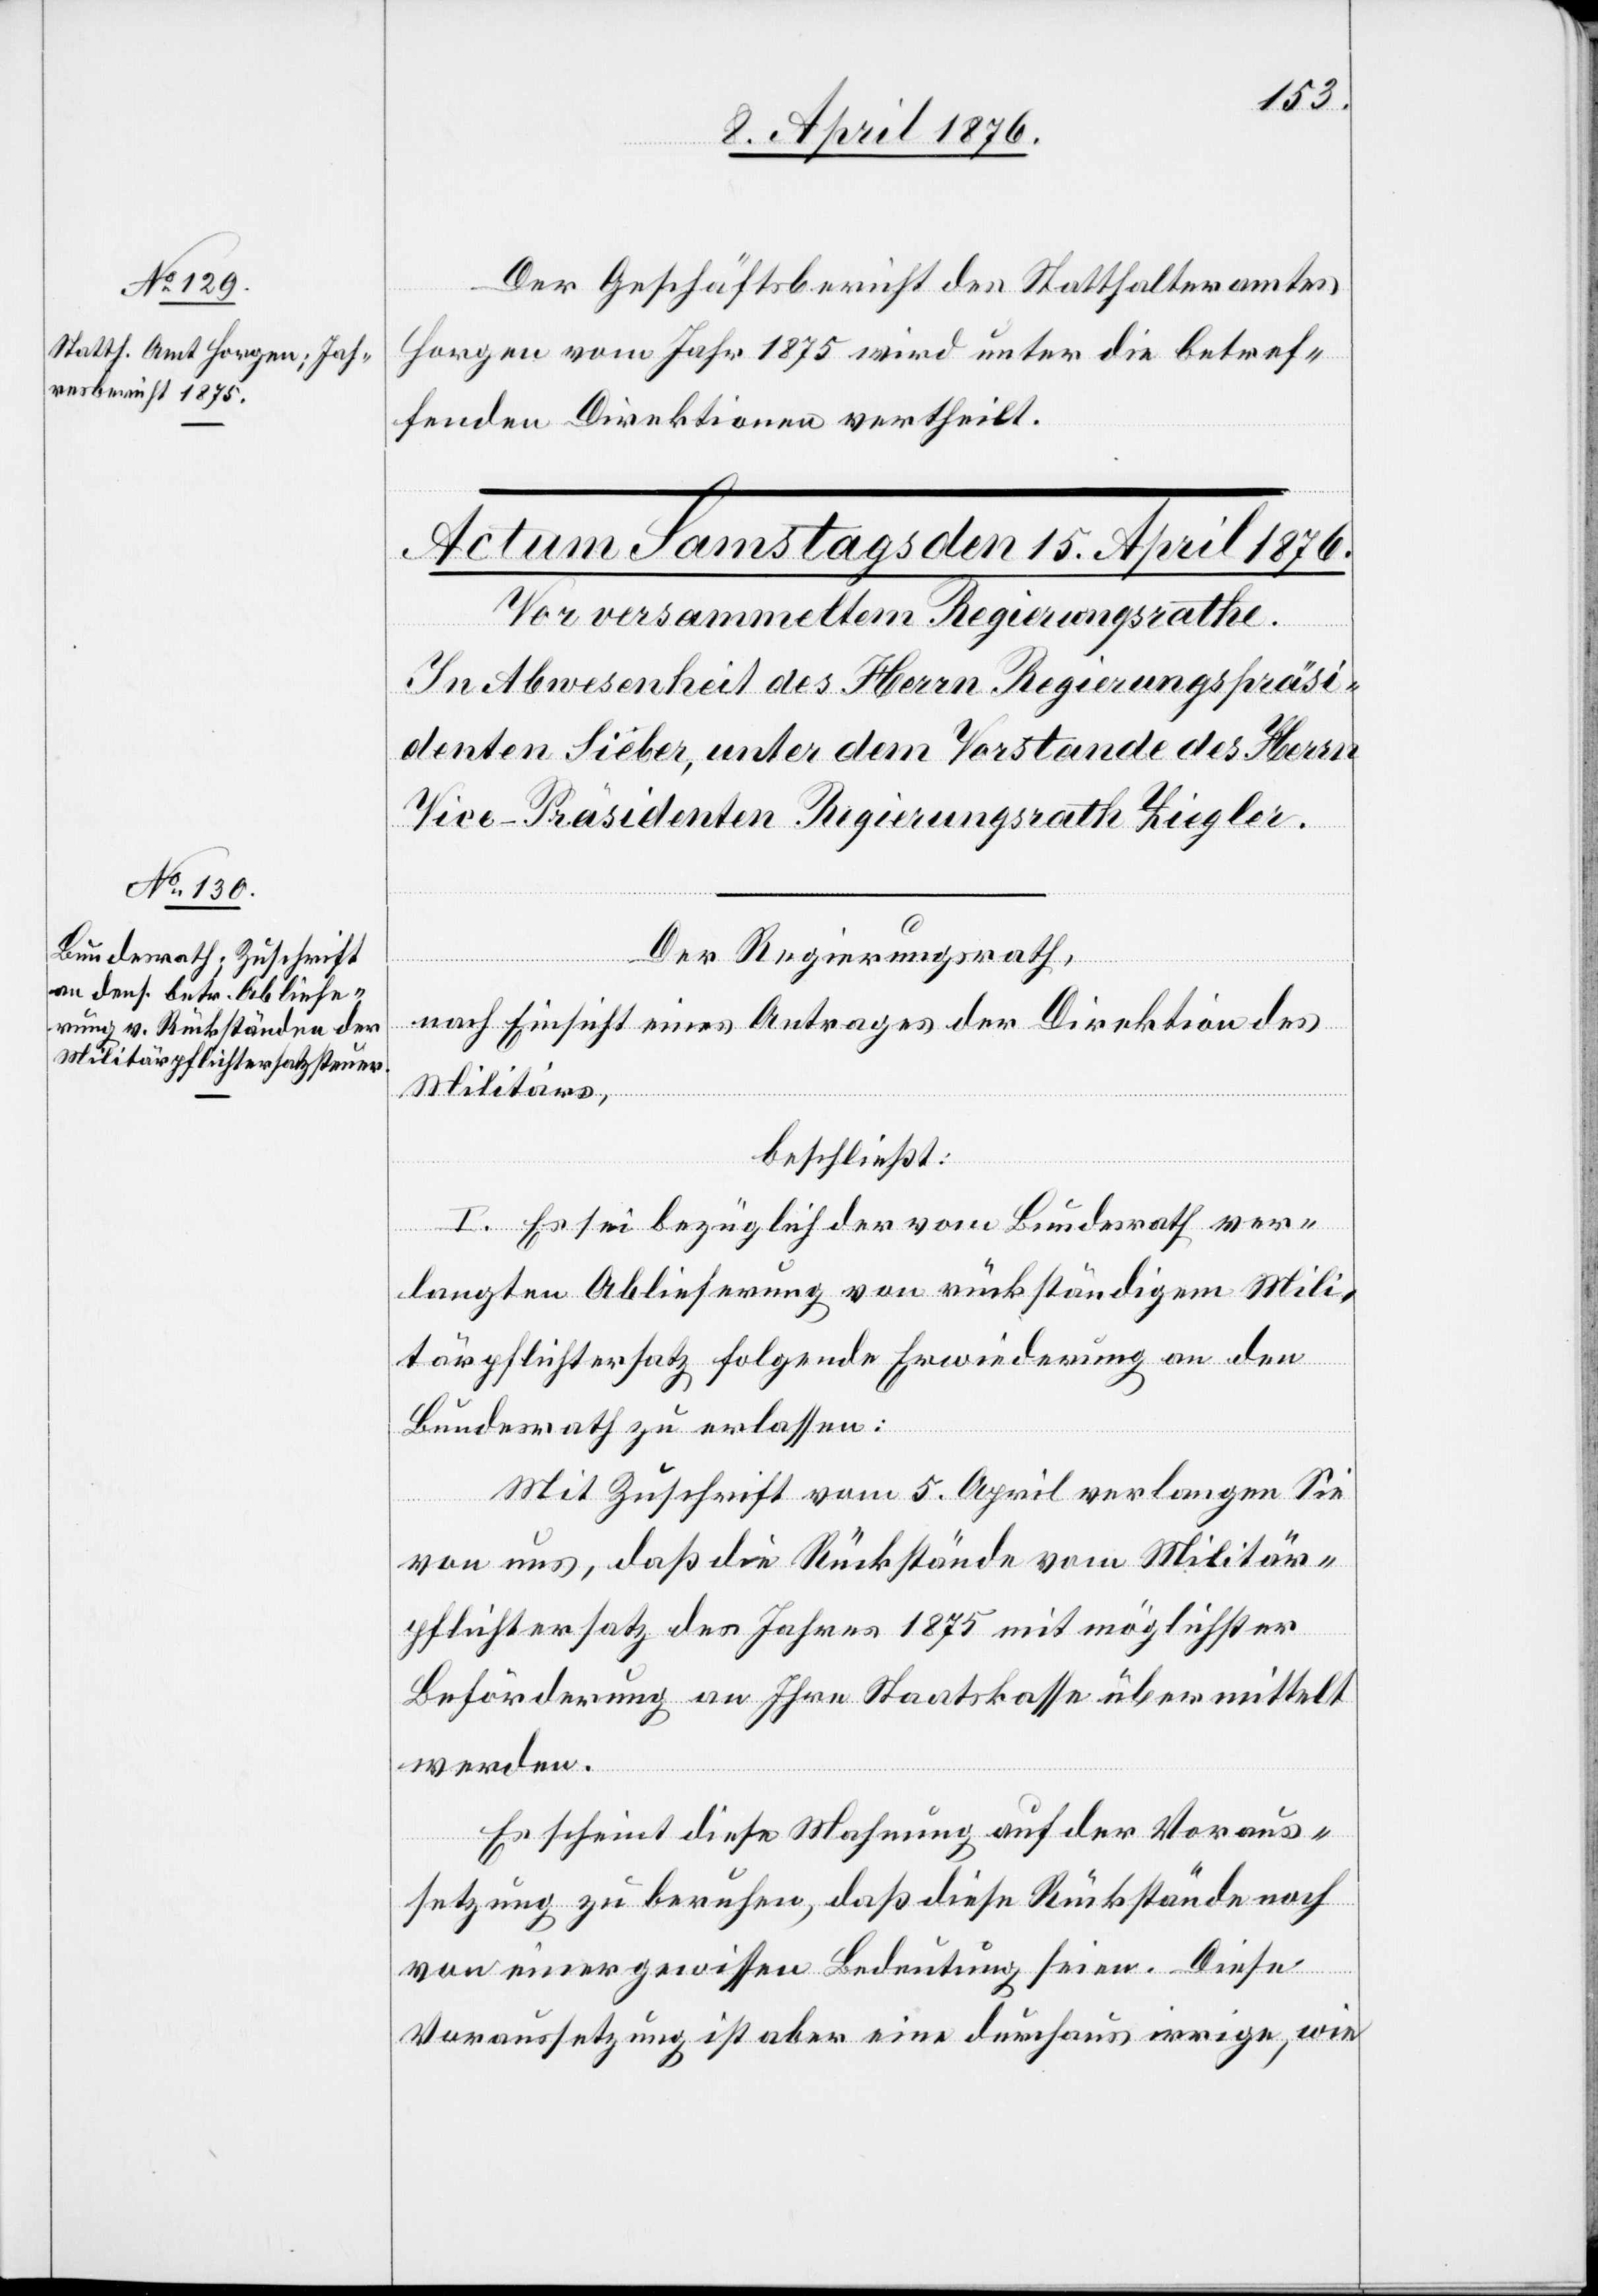
13. April 1876.]
Der Geschäftsbericht des Statthalteramtes
Horgen vom Jahr 1875 wird unter die betref¬
fenden Direktionen vertheilt.
Der Regierungsrath,
nach Einsicht eines Antrages der Direktion des
Militärs,
beschließt:
I. Es sei bezüglich der vom Bundesrath ver¬
langten Ablieferung von rückständigem Mili¬
tärpflichtersatz folgende Erwiederung an den
Bundesrath zu erlassen:
Mit Zuschrift vom 5. April verlangen Sie
von uns, daß die Rückstände vom Militär¬
pflichtersatz des Jahres 1875 mit möglichster
Beförderung an Ihre Staatskasse übermittelt
werden.
Es scheint diese Mahnung auf der Voraus¬
setzung zu beruhen, daß diese Rückstände noch
von einer gewissen Bedeutung seien. Diese
Voraussetzung ist aber eine durchaus irrige, wie